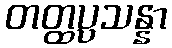
တတ္ထပ္ပသန္နာ